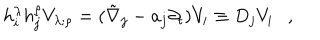
h _ { i } ^ { \lambda } h _ { j } ^ { \rho } V _ { \lambda ; \rho } = ( \tilde { \nabla } _ { j } - a _ { j } \partial _ { t } ) V _ { i } \equiv D _ { j } V _ { i } ,